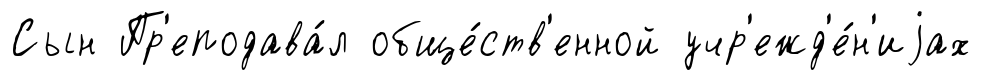
Сын Пр'еподава́л обще́ств'енной учр'ежд'е́н'иjах